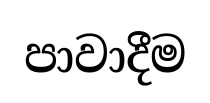
පාවාදීම